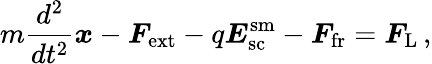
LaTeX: m\frac{d^{2}}{dt^{2}}\boldsymbol{x}-\boldsymbol{F}_{\mathrm{ext}}-q\boldsymbol{E}_{\mathrm{sc}}^{\mathrm{sm}}-\boldsymbol{F}_{\mathrm{fr}}=\boldsymbol{F}_{\mathrm{L}}\, ,